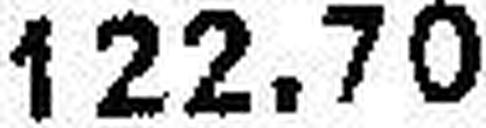
122.70